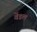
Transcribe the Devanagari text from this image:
वेंडल